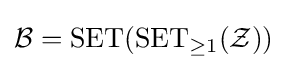
{\mathcal {B}}=\operatorname {SET} (\operatorname {SET} _{\geq 1}({\mathcal {Z}}))